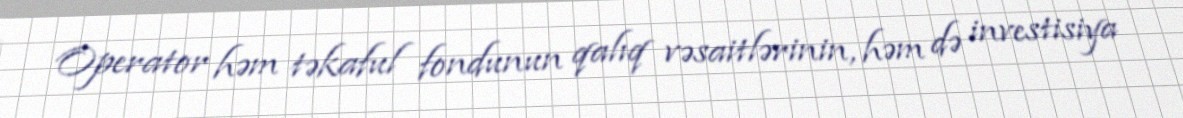
Operator həm təkaful fondunun qalıq vəsaitlərinin, həm də investisiya